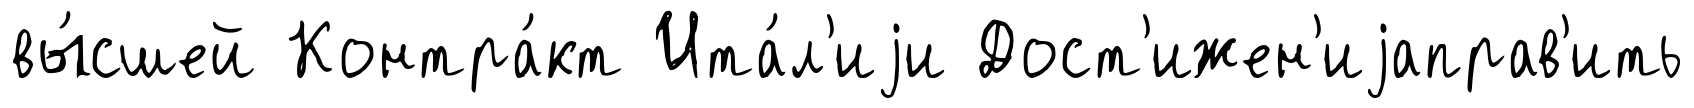
вы́сшей Контра́кт Ита́л'иjи Дост'ижен'иjаправ'ить